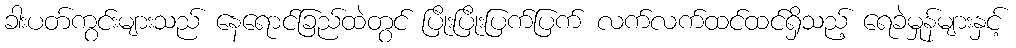
ခါးပတ်ကွင်းများသည် နေရောင်ခြည်ထဲတွင် ပြိုးပြိုးပြက်ပြက် လက်လက်ထင်ထင်ရှိသည့် ရေခဲမှုန်များနှင့်